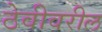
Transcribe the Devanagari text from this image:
ठेवीवरील